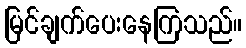
မြင်ချက်ပေးနေကြသည်။